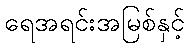
ရေအရင်းအမြစ်နှင့်